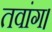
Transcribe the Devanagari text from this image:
तवांग।